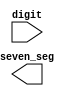
`timescale 1ns / 1ps
//////////////////////////////////////////////////////////////////////////////////
// Company: 
// Engineer: 
// 
// Design Name: 
// Module Name: Display_Seven_Segment
// Project Name: 
// Target Devices: 
// Tool Versions: 
// Description: 
// 
// Dependencies: 
// 
// Revision:
// Revision 0.01 - File Created
// Additional Comments:
// 
//////////////////////////////////////////////////////////////////////////////////


module Display_Seven_Segment(
    input [3:0] digit,
    output [5:0] seven_seg
    );
endmodule